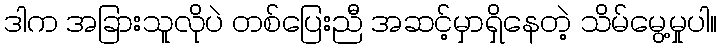
ဒါက အခြားသူလိုပဲ တစ်ပြေးညီ အဆင့်မှာရှိနေတဲ့ သိမ်မွေ့မှုပါ။